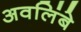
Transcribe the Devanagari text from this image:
अवलिंबे